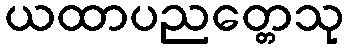
ယထာပညတ္တေသု